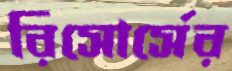
রিসোর্সের